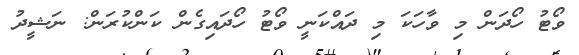
ވޯޓު ހޯދަން މި ވާހަކަ މި ދައްކަނީ ވޯޓު ހޯދައިގެން ކަންކުރަން: ނަޝީދު